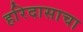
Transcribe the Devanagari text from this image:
हरिदासाचा